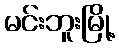
မင်းဘူးမြို့